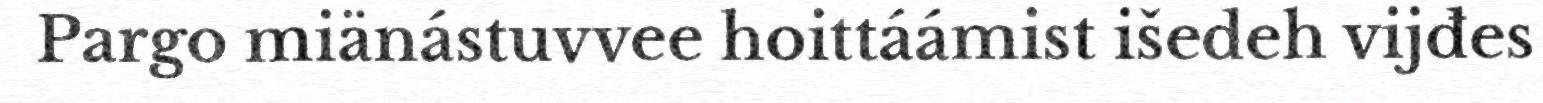
Pargo miänástuvvee hoittáámist išedeh vijđes